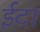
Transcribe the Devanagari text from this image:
ईदा